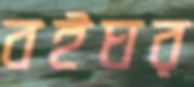
বইঘর